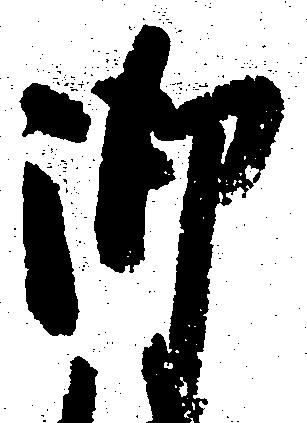
御